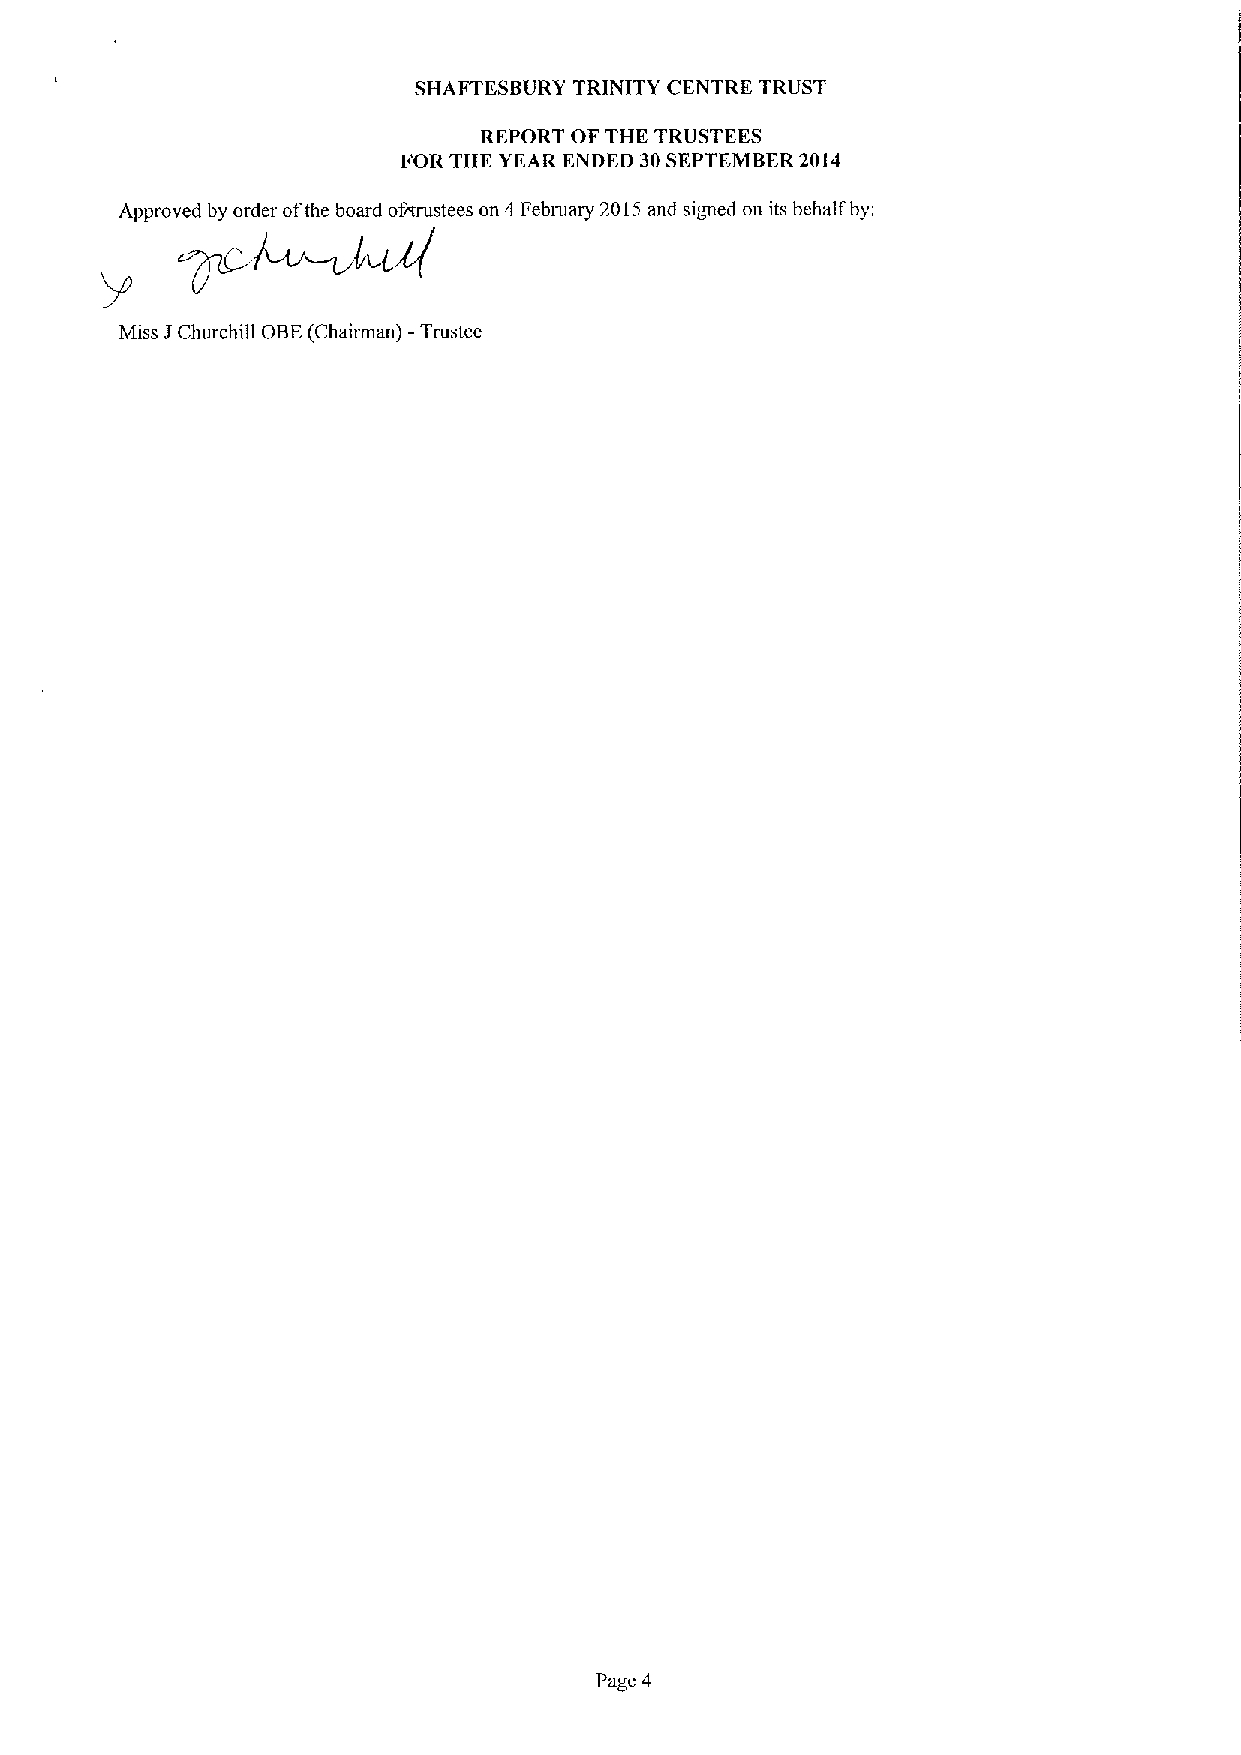
SHAFTESBURY TRINITY CENTRE TRUST
 REPORT OF THE TRUSTEES
 F'OR THE YEAR ENDED 30SEPTEMBER2014
 Approved by order ofthe board ofrtrustees on 4 Febtuary 2015and signed on its behalf by;
 Miss IChurchill OBE(Chairman) —Trustee
 Page 4